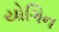
યોગિન